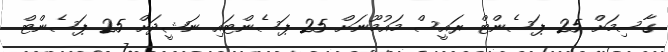
ގާސިމަށް 25 ޕަސެންޓް ރައީސް މައުމޫނަށް 25 ޕަސެންޓައި ނަޝީދަށް 25 ޕަސެންޓް